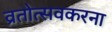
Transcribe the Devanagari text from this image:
व्रतोत्सवकरना